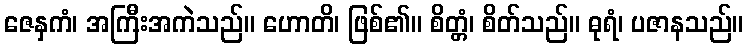
ဇေနှကံ၊ အကြီးအကဲသည်။ ဟောတိ၊ ဖြစ်၏။ စိတ္တံ၊ စိတ်သည်။ ဓုရံ၊ ပဇာနသည်။